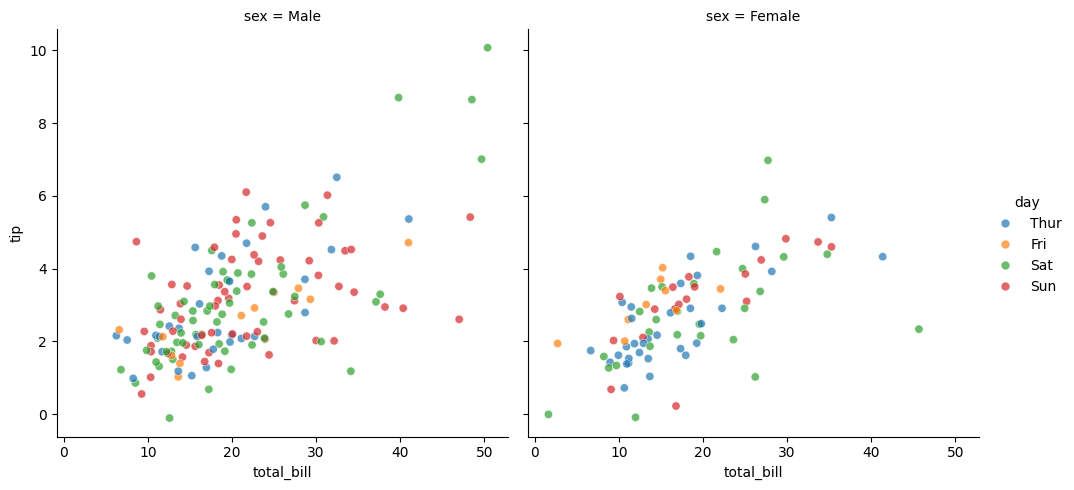
python, seaborn, relplot, alpha=0.7